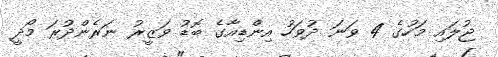
ޖުލައި މަހުގެ 4 ވަނަ ދުވަހު އިންޑިއާގެ ބޮޑު ވަޒީރު ނަރެންދުރަ މޯދީ